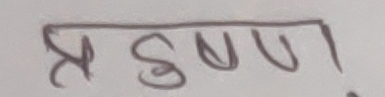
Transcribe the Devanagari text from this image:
प्रदुषण